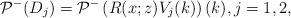
LaTeX: \begin{align*}\mathcal{P}^-( D_j) =\mathcal{P}^-\left(R(x;z)V_{j}(k)\right)(k),j=1,2,\end{align*}